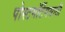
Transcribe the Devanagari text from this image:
पोस्टमॉर्टेमसाठी